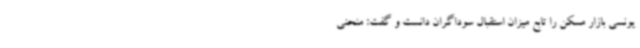
یونسی بازار مسکن را تابع میزان استقبال سوداگران دانست و گفت: منحنی